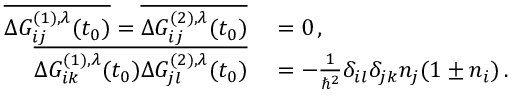
\begin{array} { r l } { \overline { { \Delta G _ { i j } ^ { ( 1 ) , \lambda } ( t _ { 0 } ) } } = \overline { { \Delta G _ { i j } ^ { ( 2 ) , \lambda } ( t _ { 0 } ) } } } & { { } = 0 \, , } \\ { \overline { { \Delta G _ { i k } ^ { ( 1 ) , \lambda } ( t _ { 0 } ) \Delta G _ { j l } ^ { ( 2 ) , \lambda } ( t _ { 0 } ) } } } & { { } = - \frac { 1 } { \hbar ^ { 2 } } \delta _ { i l } \delta _ { j k } n _ { j } ( 1 \pm n _ { i } ) \, . \quad } \end{array}